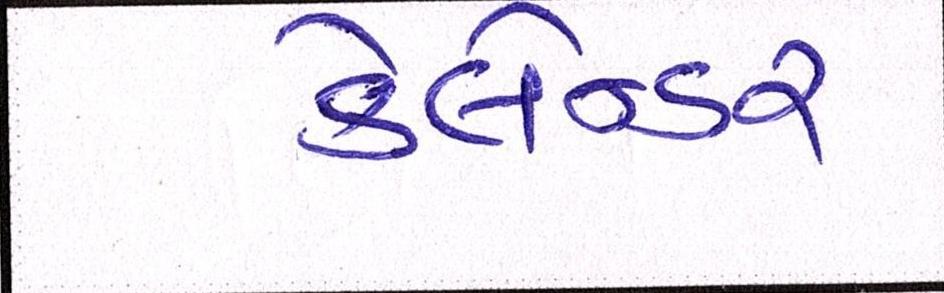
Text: કેલેન્ડર